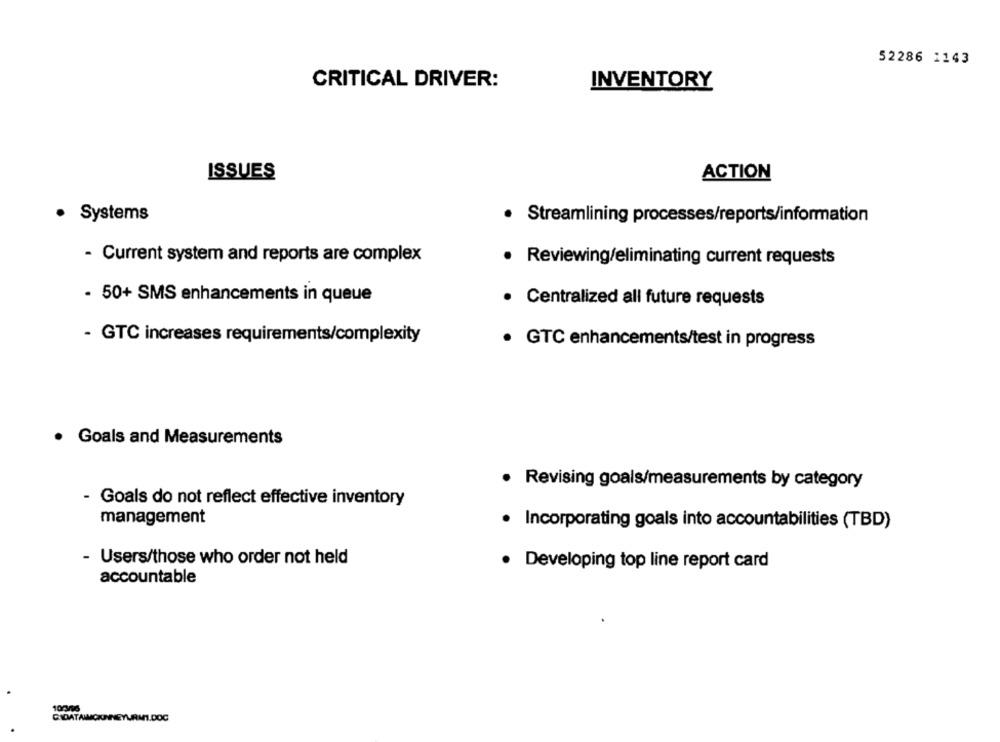
52286 1143
CRITICAL DRIVER:
INVENTORY
ISSUES
ACTION
· Systems
Streamlining processes/reports/information
- Current system and reports are complex
· Reviewing/eliminating current requests
- 50+ SMS enhancements in queue
· Centralized all future requests
- GTC increases requirements/complexity
· GTC enhancements/test in progress
· Goals and Measurements
· Revising goals/measurements by category
Goals do not reflect effective inventory
management
· Incorporating goals into accountabilities (TBD)
- Users/those who order not held
Developing top line report card
accountable